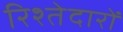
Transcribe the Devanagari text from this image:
रिश्‍तेदारों